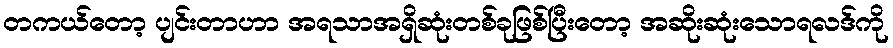
တကယ်တော့ ပျင်းတာဟာ အရသာအရှိဆုံးတစ်ခုဖြစ်ပြီးတော့ အဆိုးဆုံးသောရလဒ်ကို